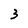
Character: 3